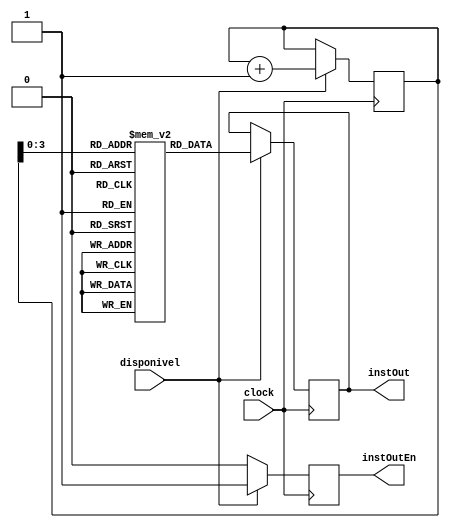
module filaInstrucoes(clock, disponivel, instOutEn, instOut);

	input clock, disponivel;
	output reg [15:0] instOut;
	output reg instOutEn;
	
	reg [15:0] fila [15:0];
	reg [15:0] pc;
	
	initial begin
		pc = 15'b0;
		instOutEn = 1'b0;
		fila[0] = 16'b0000001100010010;	//ADD R3, R1, R2	// 0000 0011 0001 0010
		fila[1] = 16'b0001010100110001;	//SUB R5, R3, R1	// 0001 0101 0011 0001
		fila[2] = 16'b0010001100000110;	//SD  R3, 0(R6)	// 0010 0011 0000 0110
		fila[3] = 16'b0000000100110010;	//ADD R1, R3, R2	// 0000 0001 0011 0010
		fila[4] = 16'b0001000101000010; 	//SUB R1, R4, R2	// 0001 0001 0100 0010
		fila[5] = 16'b0011000100000100;	//LD  R1, 0(R4)	// 0011 0001 0000 0100
		fila[6] = 16'b0010010100000100;	//SD  R5, 0(R4)	// 0010 0101 0000 0100
		fila[7] = 16'b0001001100010011;	//SUB R3, R1, R3	// 0001 0011 0001 0011
		fila[8] = 16'b0011001100000110;	//LD  R3, 0(R6)	// 0011 0011 0000 0110
		fila[9] = 16'b0011001000000100;	//LD  R2, 0(R4)	// 0011 0010 0000 0100
	end
	
	always@(posedge clock)
	begin
	
		if(disponivel == 1'b1)
		begin
			instOutEn = 1'b1;
			instOut = fila[pc];
			pc = pc + 16'b0000000000000001;
		end
		
		else begin
			instOutEn = 1'b0;
		end
	end

endmodule